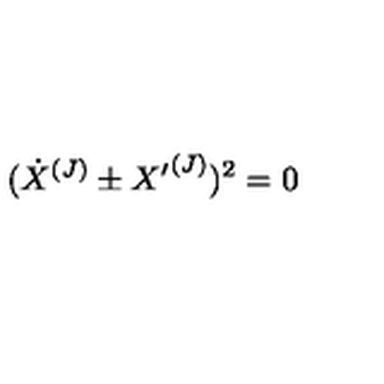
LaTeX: ( { \dot { X } } ^ { ( J ) } \pm { X ^ { \prime } } ^ { ( J ) } ) ^ { 2 } = 0